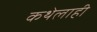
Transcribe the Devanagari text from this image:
कथेलाही